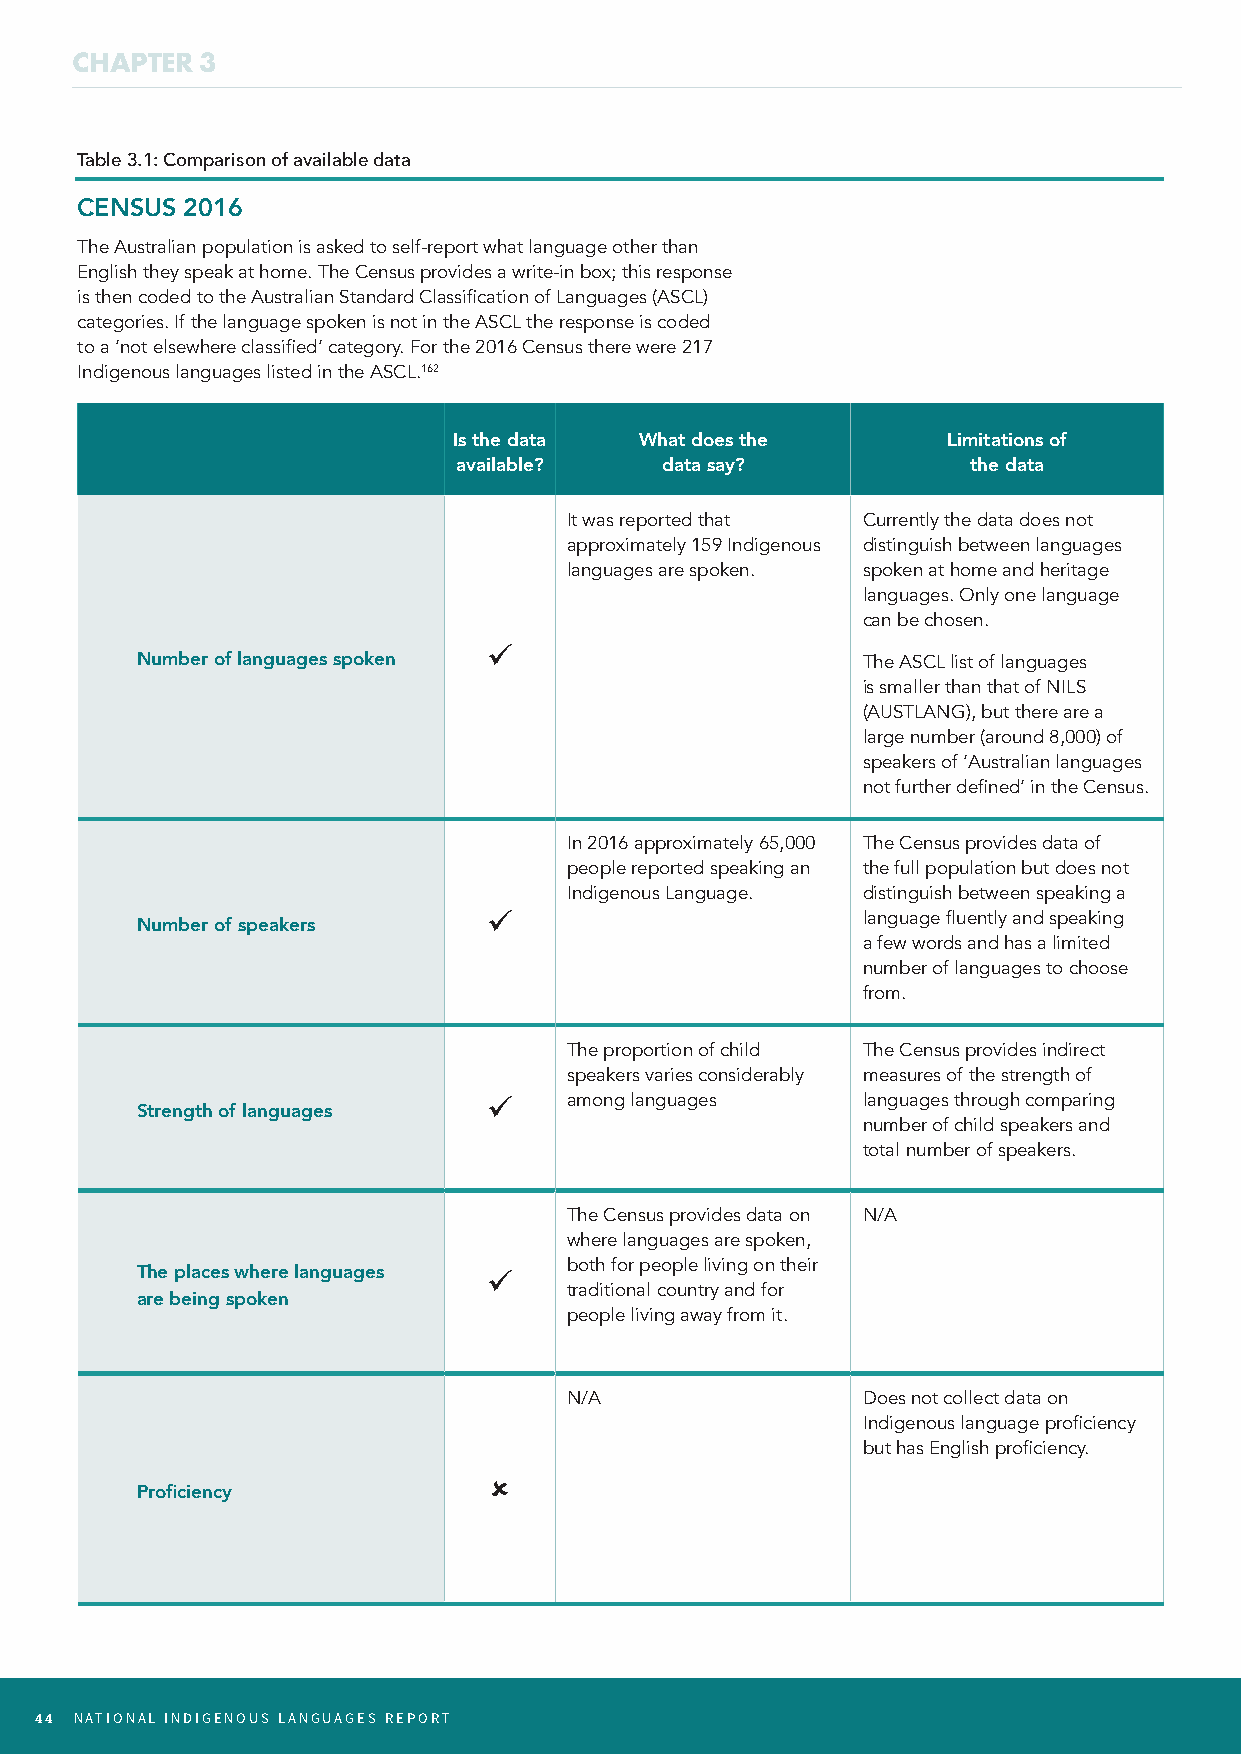
CHAPTER 3
 Table 3.1: Comparison of available data
 CENSUS 2016
 The Australian population is asked to self-report what language other than
 English they speak at home. The Census provides a write-in box; this response
 is then coded to the Australian Standard Classification of Languages (ASCL)
 categories. If the language spoken is not in the ASCL the response is coded
 to a ‘not elsewhere classified’ category. For the 2016 Census there were 217
 Indigenous languages listed in the ASCL.162
 Is the data What does the        Limitations of
 available?    data say?           the data
 It was reported that Currently the data does not
 approximately 159 Indigenous distinguish between languages
 languages are spoken. spoken at home and heritage
 languages. Only one language
 can be chosen.
 ü
 Number of languages spoken                      The ASCL list of languages
 is smaller than that of NILS
 (AUSTLANG), but there are a
 large number (around 8,000) of
 speakers of ‘Australian languages
 not further defined’ in the Census.
 In 2016 approximately 65,000 The Census provides data of
 people reported speaking an the full population but does not
 Indigenous Language. distinguish between speaking a
 ü                        language fluently and speaking
 Number of speakers
 a few words and has a limited
 number of languages to choose
 from.
 The proportion of child The Census provides indirect
 speakers varies considerably measures of the strength of
 ü    among languages     languages through comparing
 Strength of languages
 number of child speakers and
 total number of speakers.
 The Census provides data on N/A
 where languages are spoken,
 both for people living on their
 The places where languages ü
 traditional country and for
 are being spoken
 people living away from it.
 N/A                 Does not collect data on
 Indigenous language proficiency
 but has English proficiency.
 û
 Proficiency
 44 NATIONAL INDIGENOUS LANGUAGES REPORT